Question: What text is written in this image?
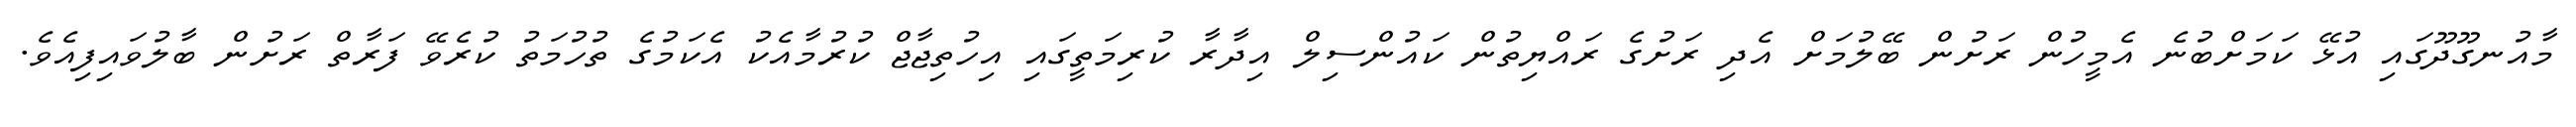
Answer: މާއުނގޫދޫގައި އުޅޭ ކަމަށްބުނެ އެމީހުން ރަށުން ބޭލުމަށް އެދި ރަށުގެ ރައްޔިތުން ކައުންސިލް އިދާރާ ކުރިމަތީގައި އިހުތިޖާޖް ކުރުމާއެކު އެކަމުގެ ތުހުމަތު ކުރެވޭ ފަރާތް ރަށުން ބާލުވައިފިއެވެ.